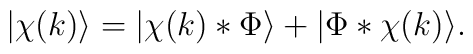
\big|\chi(k)\big\rangle = \big|\chi(k) * \Phi \big\rangle + \big|\Phi * \chi(k)\big\rangle.